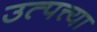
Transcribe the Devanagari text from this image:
उत्पत्त्या